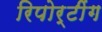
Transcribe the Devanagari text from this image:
रिपोर्टींग